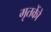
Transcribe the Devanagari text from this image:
मृतकोें